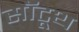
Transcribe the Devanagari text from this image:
सॉटूथ